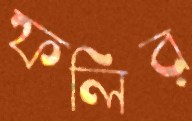
ফলির